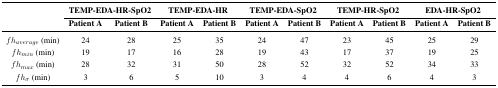
<table><thead><tr><td rowspan="3"></td><td colspan="2"><b>TEMP-EDA-HR-SpO2</b></td><td colspan="2"><b>TEMP-EDA-HR</b></td><td colspan="2"><b>TEMP-EDA-SpO2</b></td><td colspan="2"><b>TEMP-HR-SpO2</b></td><td colspan="2"><b>EDA-HR-SpO2</b></td></tr><tr><td><b>Patient A</b></td><td><b>Patient B</b></td><td><b>Patient A</b></td><td><b>Patient B</b></td><td><b>Patient A</b></td><td><b>Patient B</b></td><td><b>Patient A</b></td><td><b>Patient B</b></td><td><b>Patient A</b></td><td><b>Patient B</b></td></tr></thead><tbody><tr><td><i>fh<sub>average</sub></i> (min)</td><td>24</td><td>28</td><td>25</td><td>35</td><td>24</td><td>47</td><td>23</td><td>45</td><td>25</td><td>29</td></tr><tr><td><i>fh<sub>min</sub></i> (min)</td><td>19</td><td>17</td><td>16</td><td>28</td><td>19</td><td>43</td><td>17</td><td>37</td><td>19</td><td>25</td></tr><tr><td><i>fh<sub>max</sub></i> (min)</td><td>28</td><td>32</td><td>31</td><td>50</td><td>28</td><td>52</td><td>32</td><td>52</td><td>34</td><td>33</td></tr><tr><td><i>fh<sub>σ</sub></i> (min)</td><td>3</td><td>6</td><td>5</td><td>10</td><td>3</td><td>4</td><td>4</td><td>6</td><td>4</td><td>3</td></tr></tbody></table>